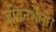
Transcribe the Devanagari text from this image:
जीवनशैली।